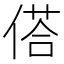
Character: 𬿀